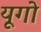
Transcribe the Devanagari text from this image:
यूगो